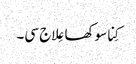
کِنا سوکھا عِلاج سی۔